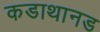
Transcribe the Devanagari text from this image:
कडाथानड